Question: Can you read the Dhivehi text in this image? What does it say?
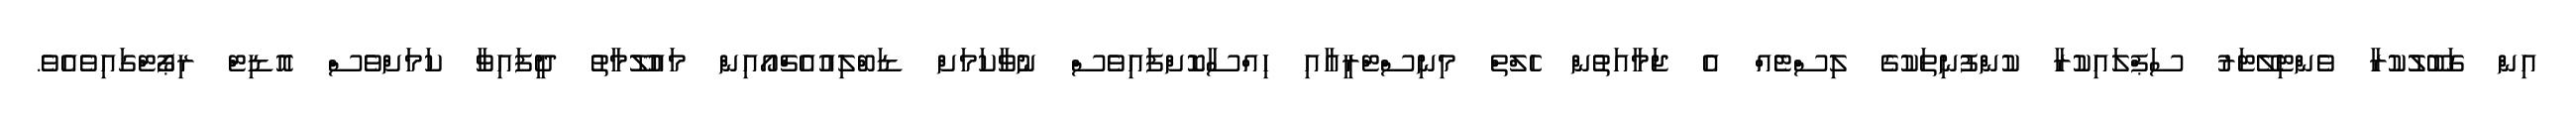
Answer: އިން ގަބޫލުކުރާ ވެންޓިލޭޓަރު ސަޕްލައިކުރާ ކުންފުނިތަކުގެ ލިސްޓެއް އެ ޖަމާއަތުން ހެލްތް މިނިސްޓްރީއާއި ހިއްސާކޮށްފައިވެސް ނުވާކަމަށް ޑަބްލިއުއެޗްއޯއިން މައުލޫމާތު ދީފައިވާ ކަމަށްވެސް އޮޑިޓް ރިޕޯޓްގައިވެއެވެ.